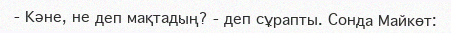
-	Кәне, не деп мақтадың? - деп сұрапты. Сонда Майкөт: